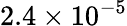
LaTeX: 2.4\times 10^{-5}